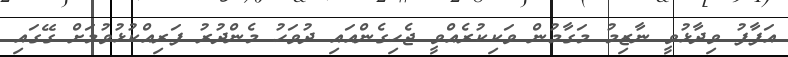
އަފާފު ވިދާޅުވީ ނާޒިމު މަގާމުން ވަކިކުރެއްވީ ޖެހިގެންއައި ދުވަހު މެންދުރު ފަރިއްކުޅުވުމަށް ގޭގައި